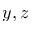
y , z